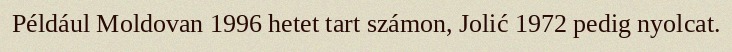
Például Moldovan 1996 hetet tart számon, Jolić 1972 pedig nyolcat.